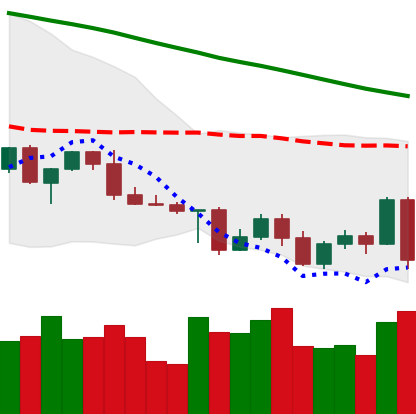
Ticker: LTC-USD
Chart end date: 2022-05-05
Forward return: -17.223%
Label: down_7plus